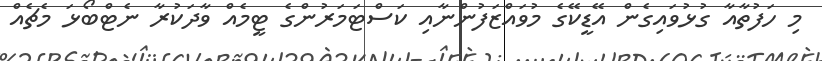
މި ހަފުތާއާ ގުޅުވައިގެން އޭޑީކޭގެ މުވައްޒަފުންނާއި ކަސްޓަމަރުންގެ ޓީމެއް ވާދަކުރާ ނެޓްބޯޅަ މެޗެއް